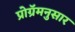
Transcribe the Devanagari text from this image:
प्रोग्रॅमनुसार